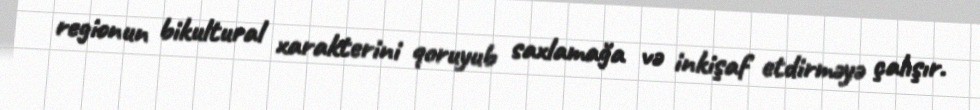
regionun bikultural xarakterini qoruyub saxlamağa və inkişaf etdirməyə çalışır.